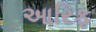
આરિફ